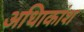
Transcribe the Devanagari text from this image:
अधिाकांश